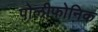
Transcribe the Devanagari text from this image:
पोलीफोनिक